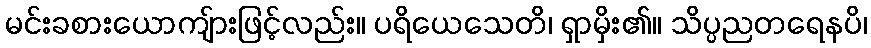
မင်းခစားယောကျ်ားဖြင့်လည်း။ ပရိယေသေတိ၊ ရှာမှိး၏။ သိပ္ပညတရေနပိ၊